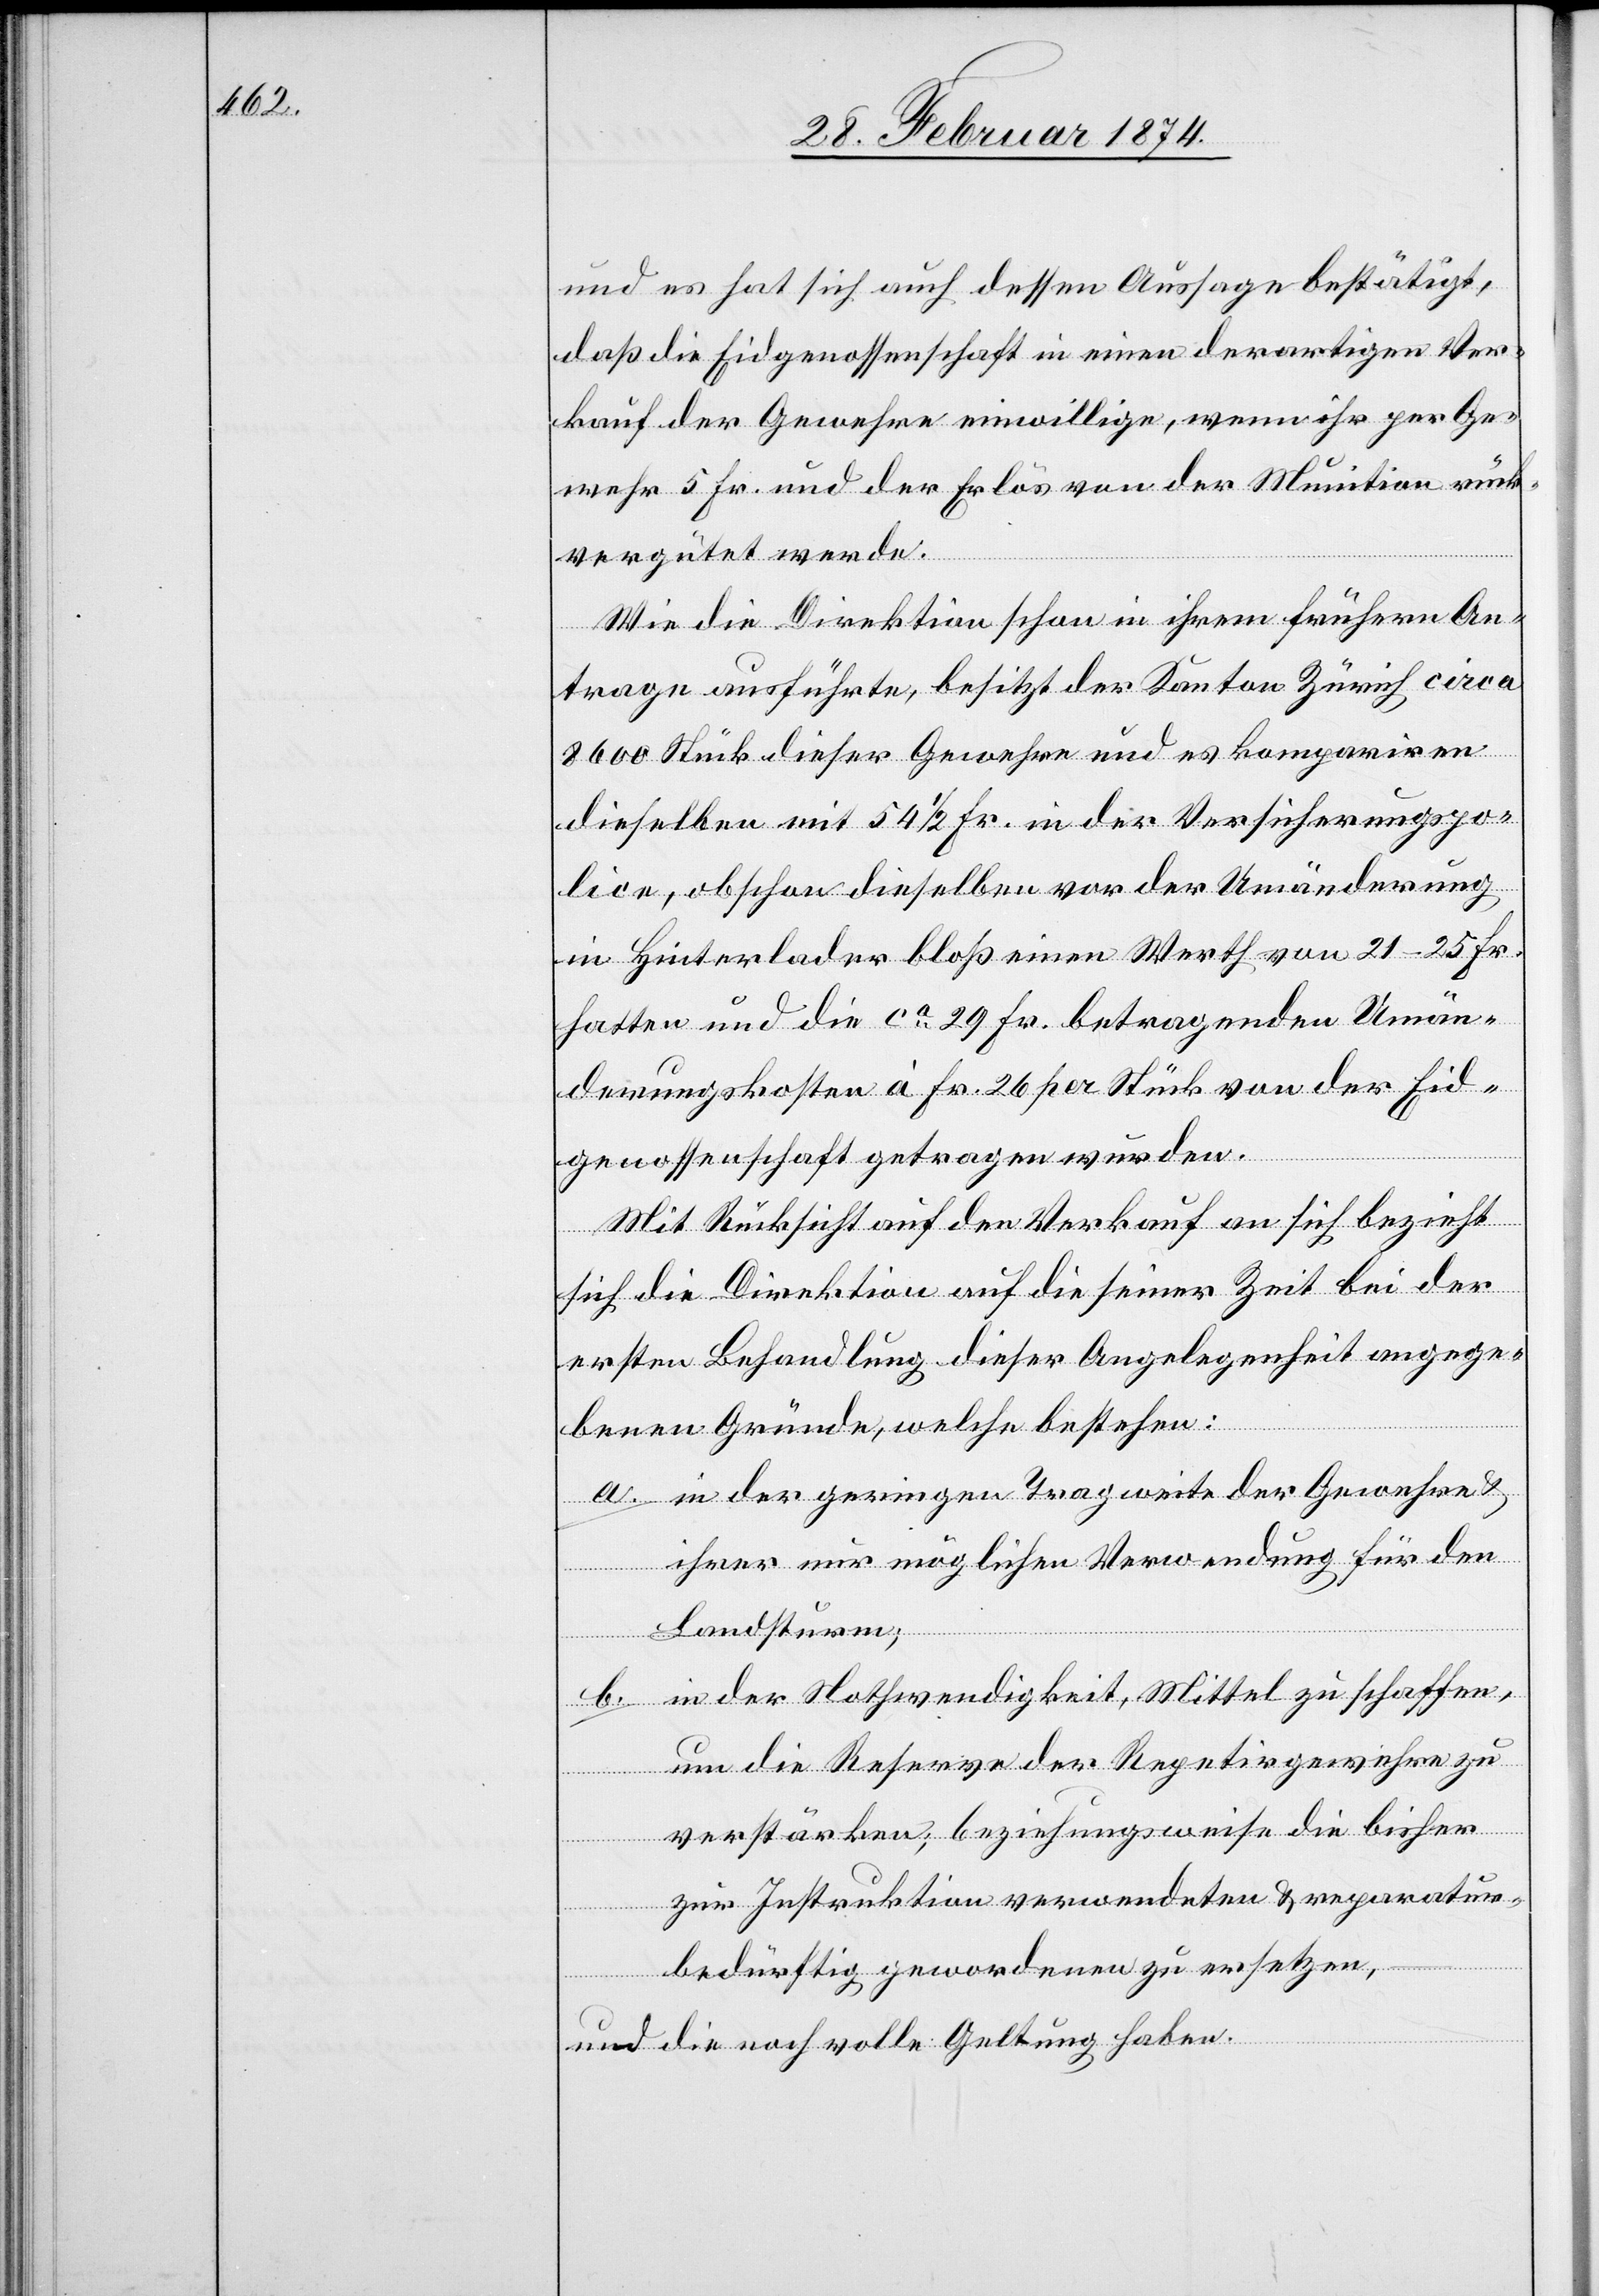
und es hat sich auch dessen Auslage bestätigt,
daß die Eidgenossenschaft in einen derartigen Ver¬
kauf der Gewehre einwillige, wenn ihr per Ge¬
wehr 5 Fr. und der Erlös von der Munition rück¬
vergütet werde.
Wie die Direktion schon in ihrem frühern An¬
trage ausführte, besitzt der Kanton Zürich circa
8600 Stück dieser Gewehre und es kompariren
dieselben mit 54 1/2 Fr. in der Versicherungspo¬
lice, obschon dieselben vor der Umänderung
in Hinterlader bloß einen Werth von 21–25 Fr.
hatten und die ca 29. Fr. betragenden Umän¬
derungskosten à Fr. 26 per Stück von der Eid¬
genossenschaft getragen wurden.
Mit Rücksicht auf den Verkauf an sich bezieht
sich die Direktion auf die seiner Zeit bei der
ersten Behandlung dieser Angelegenheit angege¬
benen Gründe, welche bestehen:
a. in der geringen Tragweite der Gewehre u.
ihrer nur möglichen Verwendung für den
Landsturm;
b. in der Nothwendigkeit, Mittel zu schaffen,
um die Reserve der Repetirgewehre zu
verstärken; beziehungsweise die bisher
zur Instruktion verwendeten u. reparatur¬
bedürftig gewordenen zu ersetzen,
und die noch volle Geltung haben.